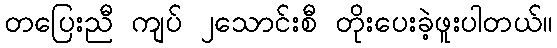
တပြေးညီ ကျပ် ၂သောင်းစီ တိုးပေးခဲ့ဖူးပါတယ်။